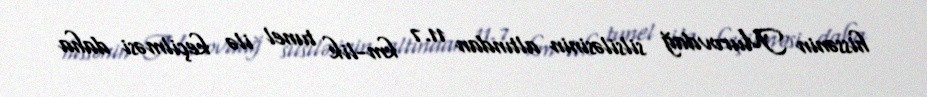
hissənin Murovdağ silsiləsinin altından 11.7 km-lik tunel ilə keçilməsi daha